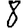
Digit: 8